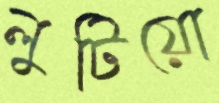
লুটিয়ো